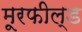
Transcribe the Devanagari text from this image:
मूरफील्ड